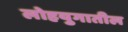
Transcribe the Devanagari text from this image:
लोहयुगातील